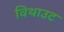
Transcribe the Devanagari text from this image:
विथाउट